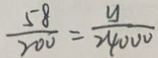
\frac { 5 8 } { 2 0 0 } = \frac { y } { 2 4 0 0 0 }